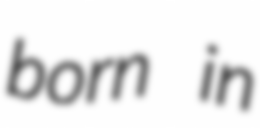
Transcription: born in